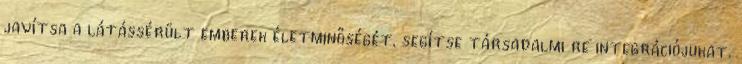
javítsa a látássérült emberek életminőségét, segítse társadalmi re integrációjukat.